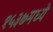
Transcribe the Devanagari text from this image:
१५३७मध्ये